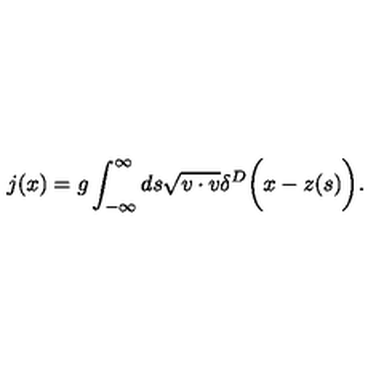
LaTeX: j ( x ) = g \int _ { - \infty } ^ { \infty } d s \sqrt { v \cdot v } \delta ^ { D } \biggl ( x - z ( s ) \biggr ) .